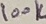
Text: 100K